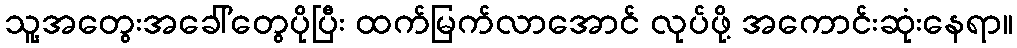
သူ့အတွေးအခေါ်တွေပိုပြီး ထက်မြက်လာအောင် လုပ်ဖို့ အကောင်းဆုံးနေရာ။